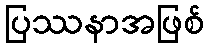
ပြဿနာအဖြစ်